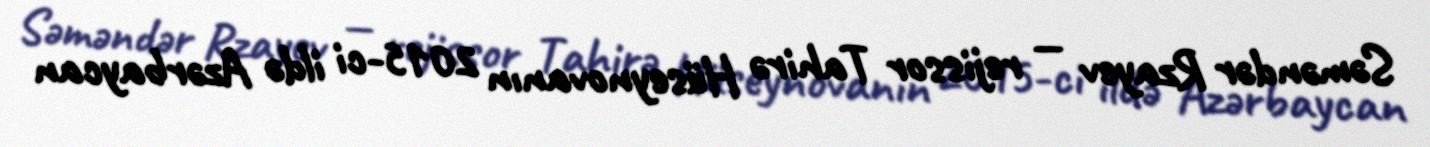
Səməndər Rzayev — rejissor Tahirə Hüseynovanın 2015-ci ildə Azərbaycan